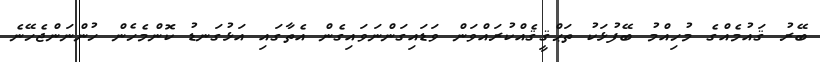
ބޭރު ޤައުމެއްގެ މުހިއްމު ބޭފުޅަކު ތަޙްޤީޤެއްކުރައްވަން ވަޑައިގަންނަވައިގެން އެތާގައި އަޅުގަނޑު ކޮންމެހެން ހުންނަންޖެހޭނެ